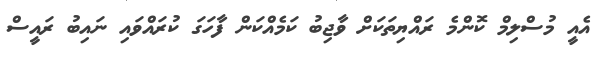
އެއީ މުސްލިމް ކޮންމެ ރައްޔިތަކަށް ވާޖިބު ކަމެއްކަން ފާހަގަ ކުރައްވައި ނައިބު ރައީސް